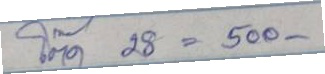
โต๊ด 28 = 500